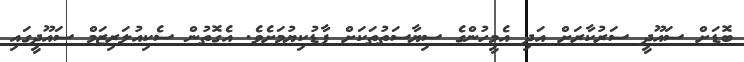
ބޮޑަށް ސައޫދީ ސަރުކާރަށް އަދި އެމީހުންގެ ސިޔާސަތުތަކަށް ފާޑުކިޔުމަށެވެ. އެގޮތުން ސެކިއުލަރިޒަމް ސައޫދީގައި